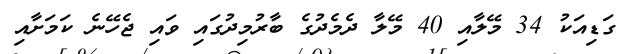
ގަޑިއަކު 34 މޭލާއި 40 މޭލާ ދެމެދުގެ ބާރުމިދުގައި ވައި ޖެހޭނެ ކަމަށާއި